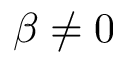
\beta \neq 0